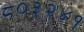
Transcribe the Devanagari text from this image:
८०३२४१